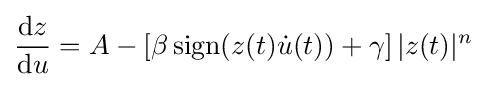
{\frac {\mathrm {d} z}{\mathrm {d} u}}=A-\left[\beta \operatorname {sign} (z(t){\dot {u}}(t))+\gamma \right]|z(t)|^{n}